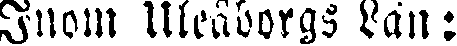
Inom Uleåborgs Län: